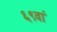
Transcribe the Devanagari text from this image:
६९वां